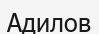
Адилов